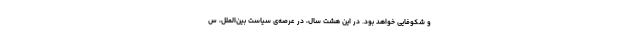
و شکوفایی خواهد بود. در این هشت سال، در عرصه‌ی سیاست بین‌الملل، س